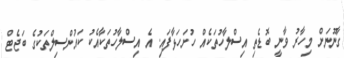
ގާނޫނަށް މިހާރު ވާނީ ބޮޑެތި އިސްލާހުތަކެއް ހުށަހަޅާފައި. އެ އިސްލާހުތަކާއެކު ކައުންސިލްތަކުގެ ބަޖެޓް